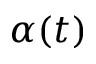
\alpha ( t )